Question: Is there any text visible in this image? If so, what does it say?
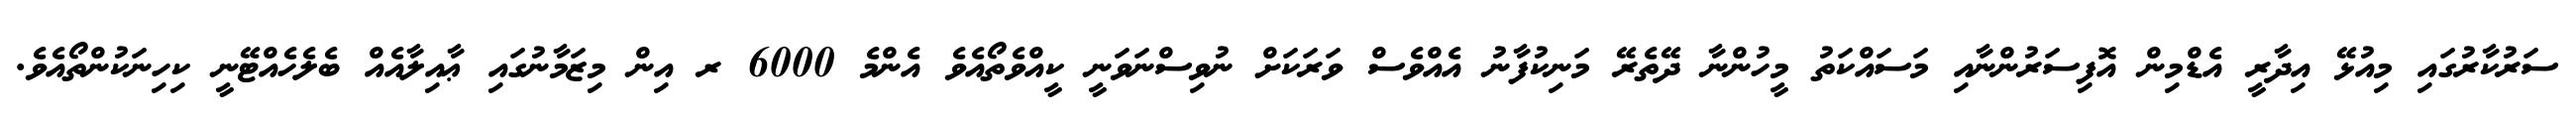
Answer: ސަރުކާރުގައި މިއުޅޭ އިދާރީ އެޑްމިން އޮފިސަރުންނާއި މަސައްކަތު މީހުންނާ ދޭތެރޭ މަނިކުފާނު އެއްވެސް ވަރަކަށް ނުވިސްނަވަނީ ކީއްވެތޯއެވެ އެންމެ 6000 ރ އިން މިޒަމާނުގައި ޢާއިލާއެއް ބެލެހެއްޓޭނީ ކިހިނަކުންތޯއެވެ.